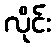
လိုင်း